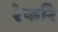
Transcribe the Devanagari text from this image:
रेफरि